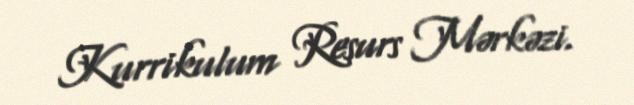
Kurrikulum Resurs Mərkəzi.